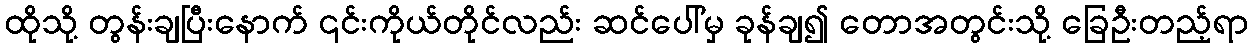
ထိုသို့ တွန်းချပြီးနောက် ၎င်းကိုယ်တိုင်လည်း ဆင်ပေါ်မှ ခုန်ချ၍ တောအတွင်းသို့ ခြေဦးတည့်ရာ